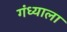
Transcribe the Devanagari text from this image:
गंध्याला